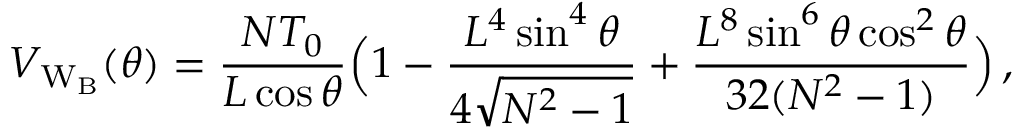
V _ { \mathrm { W _ { B } } } ( \theta ) = \frac { N T _ { 0 } } { L \cos { \theta } } \Bigl ( 1 - \frac { L ^ { 4 } \sin ^ { 4 } { \theta } } { 4 \sqrt { N ^ { 2 } - 1 } } + \frac { L ^ { 8 } \sin ^ { 6 } { \theta } \cos ^ { 2 } { \theta } } { 3 2 ( N ^ { 2 } - 1 ) } \Bigr ) \, ,